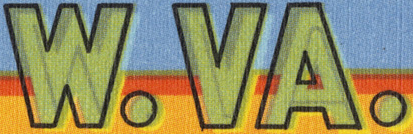
W.VA.